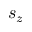
s _ { z }